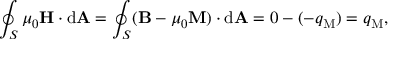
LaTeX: \oint _ { S } \mu _ { 0 } \mathbf { H } \cdot \mathrm { d } \mathbf { A } = \oint _ { S } ( \mathbf { B } - \mu _ { 0 } \mathbf { M } ) \cdot \mathrm { d } \mathbf { A } = 0 - ( - q _ { \mathrm { M } } ) = q _ { \mathrm { M } } ,